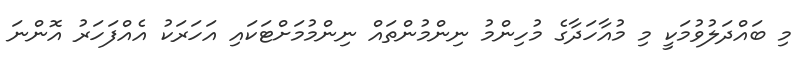
މި ބައްދަލުވުމަކީ މި މުއާހަދާގެ މުހިންމު ނިންމުންތައް ނިންމުމަށްޓަކައި އަހަރަކު އެއްފަހަރު އޮންނަ